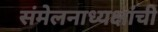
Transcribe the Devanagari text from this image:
संमेलनाध्यक्षांची